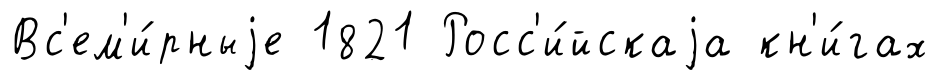
Вс'ем'и́рныjе 1821 Росс'и́йскаjа кн'и́гах